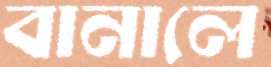
বানালে